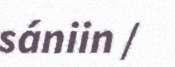
sániin /